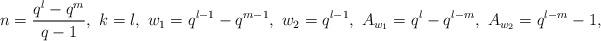
LaTeX: \begin{align*}n=\frac{q^l-q^m}{q-1}, ~k=l, ~w_1=q^{l-1}-q^{m-1}, ~w_2=q^{l-1}, ~A_{w_1}=q^l-q^{l-m}, ~A_{w_2}=q^{l-m}-1,\end{align*}